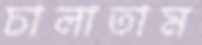
চালাতাম